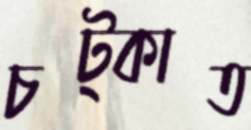
চট্‌কাত